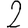
Digit: 2